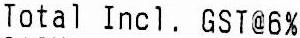
TOTAL INCL. GST@6%